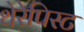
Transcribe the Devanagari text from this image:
थेरेपिस्ट